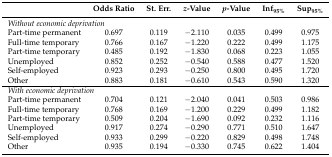
|  | Odds Ratio | St. Err. | z-Value | p-Value | Inf95% | Sup95% |
 | --- | --- | --- | --- | --- | --- | --- |
 | <COLSPAN=7> Without economic deprivation |
 | Part-time permanent | 0.697 | 0.119 | −2.110 | 0.035 | 0.499 | 0.975 |
 | Full-time temporary | 0.766 | 0.167 | −1.220 | 0.222 | 0.499 | 1.175 |
 | Part-time temporary | 0.485 | 0.192 | −1.830 | 0.068 | 0.223 | 1.055 |
 | Unemployed | 0.852 | 0.252 | −0.540 | 0.588 | 0.477 | 1.520 |
 | Self-employed | 0.923 | 0.293 | −0.250 | 0.800 | 0.495 | 1.720 |
 | Other | 0.883 | 0.181 | −0.610 | 0.543 | 0.590 | 1.320 |
 | <COLSPAN=7> With economic deprivation |
 | Part-time permanent | 0.704 | 0.121 | −2.040 | 0.041 | 0.503 | 0.986 |
 | Full-time temporary | 0.768 | 0.169 | −1.200 | 0.229 | 0.499 | 1.182 |
 | Part-time temporary | 0.509 | 0.204 | −1.690 | 0.092 | 0.232 | 1.116 |
 | Unemployed | 0.917 | 0.274 | −0.290 | 0.771 | 0.510 | 1.647 |
 | Self-employed | 0.933 | 0.299 | −0.220 | 0.829 | 0.498 | 1.748 |
 | Other | 0.935 | 0.194 | −0.330 | 0.745 | 0.622 | 1.404 |